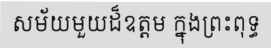
សម័យមួយដ៏ឧត្តម ក្នុងព្រះពុទ្ធ